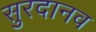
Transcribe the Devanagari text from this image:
सुरदानव